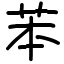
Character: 苯